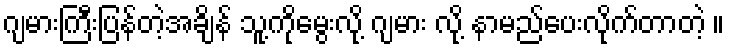
ဂျမားကြီးပြန်တဲ့အချိန် သူ့ကိုမွေးလို့ ဂျမား လို့ နာမည်ပေးလိုက်တာတဲ့ ။